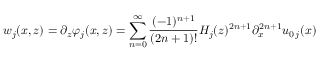
w _ { j } ( x , z ) = \partial _ { z } \varphi _ { j } ( x , z ) = \sum _ { n = 0 } ^ { \infty } \frac { ( - 1 ) ^ { n + 1 } } { ( 2 n + 1 ) ! } H _ { j } ( z ) ^ { 2 n + 1 } \partial _ { x } ^ { 2 n + 1 } u _ { 0 \, j } ( x )